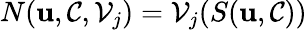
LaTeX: N(\mathbf{u},\mathcal{{C}},\mathcal{{V}}_{j})=\mathcal{{V}}_{j}(S(\mathbf{u},\mathcal{{C}}))